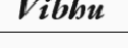
Vibhu